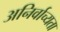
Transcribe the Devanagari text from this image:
अनिर्वाच्यता